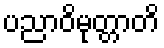
ပညာဝိမုတ္တာတိ